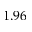
1 . 9 6